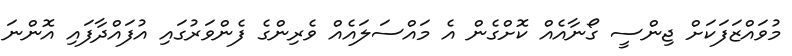
މުވައްޒަފަކަށް ޖިންސީ ގޯނާއެއް ކޮށްގެން އެ މައްސަލައެއް ވެރިންގެ ފެންވަރުގައި އުފައްދާފައި އޮންނަ